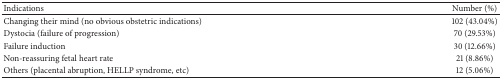
<table><thead><tr><td><b>Indications</b></td><td><b>Number (%)</b></td></tr></thead><tbody><tr><td>Changing their mind (no obvious obstetric indications)</td><td>102 (43.04%)</td></tr><tr><td>Dystocia (failure of progression)</td><td>70 (29.53%)</td></tr><tr><td>Failure induction</td><td>30 (12.66%)</td></tr><tr><td>Non-reassuring fetal heart rate</td><td>21 (8.86%)</td></tr><tr><td>Others (placental abruption, HELLP syndrome, etc)</td><td>12 (5.06%)</td></tr></tbody></table>